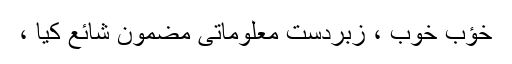
خؤب خوب ، زبردست معلوماتی مضمون شائع کیا ،